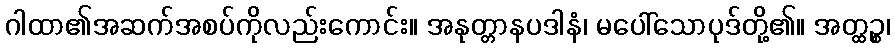
ဂါထာ၏အဆက်အစပ်ကိုလည်းကောင်း။ အနုတ္တာနပဒါနံ၊ မပေါ်သောပုဒ်တို့၏။ အတ္ထဉ္စ၊